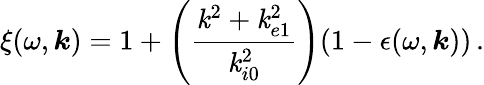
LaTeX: \xi(\omega,\boldsymbol{\mathit{k}})=1+\left(\frac{{\mathit{k}^{2}+\mathit{k}_{e1}^{2}}}{{\mathit{k}_{i0}^{2}}}\right)(1-\epsilon(\omega,\boldsymbol{\mathit{k}}))\, .